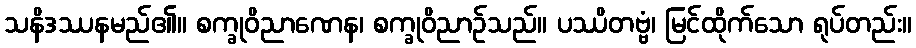
သနိဒဿနမည်၏။ စက္ခုဝိညာဏေန၊ စက္ခုဝိညာဉ်သည်။ ပဿိတဗ္ဗံ၊ မြင်ထိုက်သော ရုပ်တည်း။